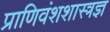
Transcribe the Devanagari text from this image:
प्राणिवंशशास्त्रज्ञ